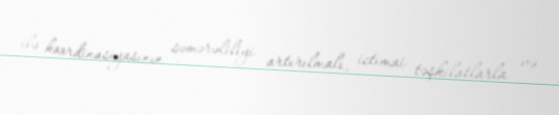
ilə koordinasiyasının səmərəliliyi artırılmalı, ictimai təşkilatlarla və